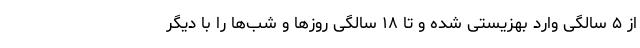
از ۵ سالگی وارد بهزیستی شده و تا ۱۸ سالگی روزها و شب‌ها را با دیگر